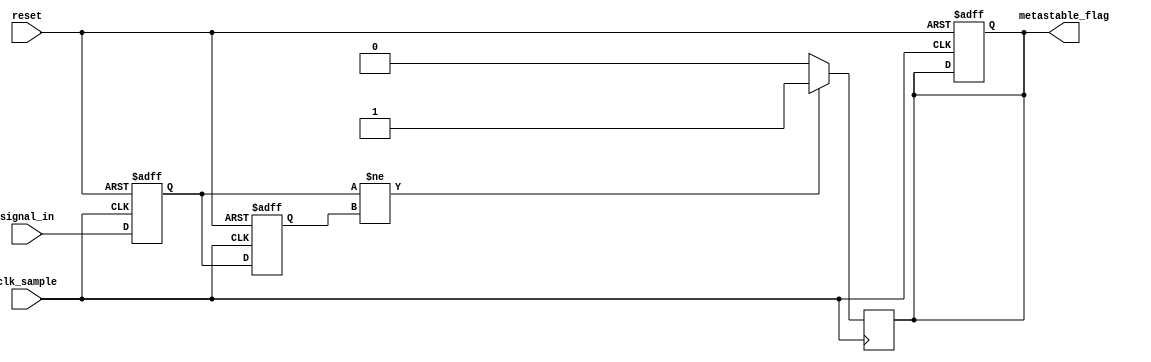
module metastability_detector (
    input wire clk_sample,          // Sampling clock
    input wire reset,               // Reset signal
    input wire signal_in,           // Input signal from another clock domain
    output reg metastable_flag      // Output flag indicating metastability
);

    // Internal signals for the memory blocks
    reg signal_reg1;                // First stage register
    reg signal_reg2;                // Second stage register

    // Synchronous block for sampling the input signal
    always @(posedge clk_sample or posedge reset) begin
        if (reset) begin
            signal_reg1 <= 1'b0;    // Initialize first register on reset
            signal_reg2 <= 1'b0;    // Initialize second register on reset
            metastable_flag <= 1'b0; // Clear the metastable flag on reset
        end else begin
            signal_reg1 <= signal_in; // Sample input signal on clk_sample
            signal_reg2 <= signal_reg1; // Sample the output of the first register
        end
    end

    // Metastability detection logic
    always @(posedge clk_sample) begin
        if (signal_reg1 != signal_reg2) begin
            metastable_flag <= 1'b1; // Set flag if there's a change detected
        end else begin
            metastable_flag <= 1'b0; // Clear flag if stable
        end
    end

endmodule